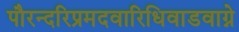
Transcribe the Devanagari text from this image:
पौरन्दरिप्रमदवारिधिवाडवाग्ने